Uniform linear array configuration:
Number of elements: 32
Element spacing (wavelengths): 0.25
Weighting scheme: hann
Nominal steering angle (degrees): -30
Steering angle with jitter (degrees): -31.003
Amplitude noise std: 0.05
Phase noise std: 0.05

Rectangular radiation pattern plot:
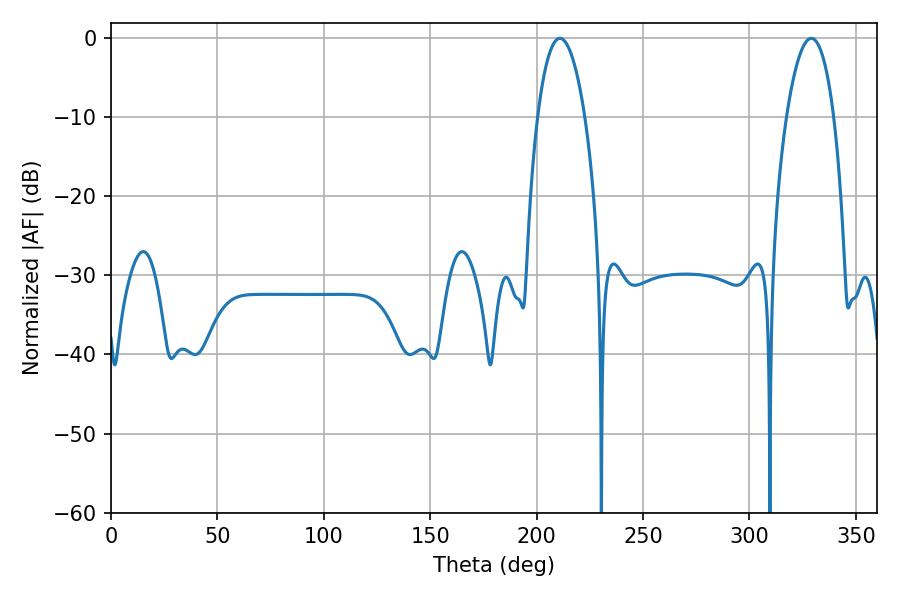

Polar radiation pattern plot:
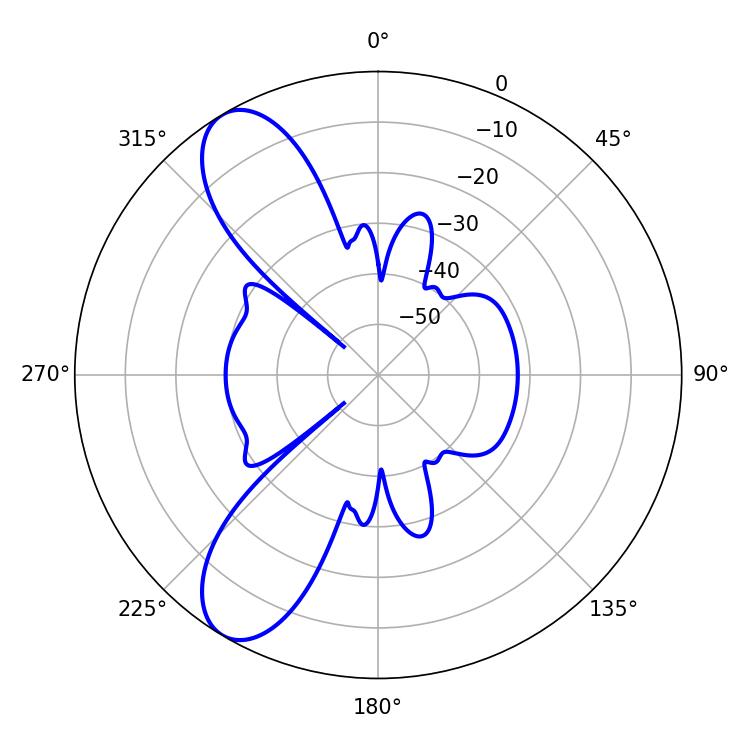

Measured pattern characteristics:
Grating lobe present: FALSE
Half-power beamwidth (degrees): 12.24
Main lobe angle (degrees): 210.96